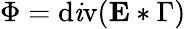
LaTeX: \Phi=\operatorname{d\mathit{i}v}(\mathbf{{E}}*\Gamma)